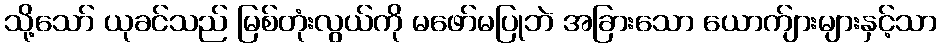
သို့သော် ယုခင်သည် မြစ်တုံးလွယ်ကို မဖော်မပြုဘဲ အခြားသော ယောက်ျားများနှင့်သာ